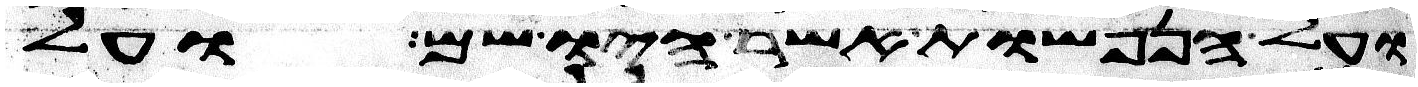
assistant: ועל הנפשות אשר היו שם ועל